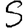
Digit: 5